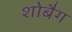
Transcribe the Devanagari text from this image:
शोबैग